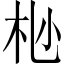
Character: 𫴺